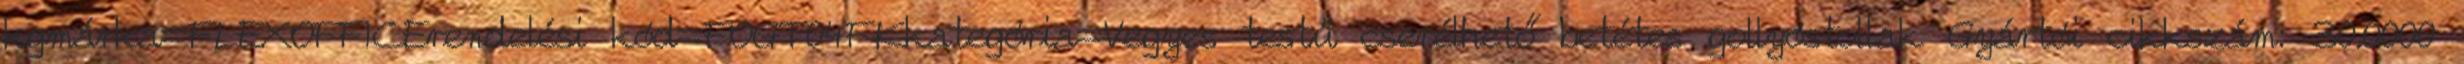
kgmárka=FLEXOFFICErendelési kód=FOGT04FKkategória=Vegyes testű cserélhető betétes gollyóstollak Gyártói cikkszám: 30.0000